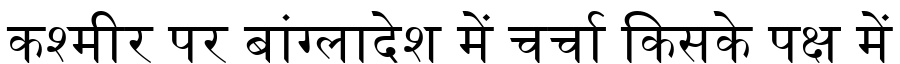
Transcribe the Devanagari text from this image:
कश्मीर पर बांग्लादेश में चर्चा किसके पक्ष में